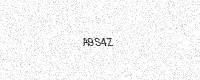
Text: A9S4Z